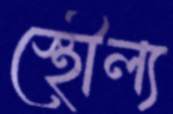
স্থৌল্য